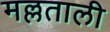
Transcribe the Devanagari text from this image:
मल्लताली